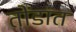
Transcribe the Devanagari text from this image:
तोंडांत